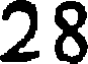
28